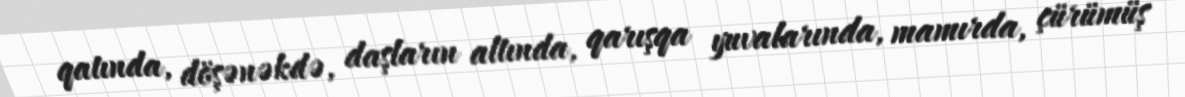
qatında, döşənəkdə, daşların altında, qarışqa yuvalarında, mamırda, çürümüş